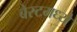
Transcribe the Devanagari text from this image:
बेस्टमध्ये